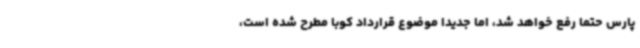
پارس حتما رفع خواهد شد، اما جدیدا موضوع قرارداد کوبا مطرح شده است،